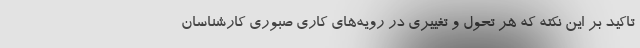
تاکید بر این نکته که هر تحول و تغییری در رویه‌های کاری صبوری کارشناسان